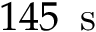
1 4 5 \, \mathrm { ~ s ~ }